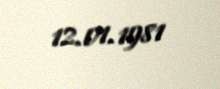
12.01.1981